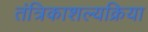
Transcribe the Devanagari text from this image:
तंत्रिकाशल्यक्रिया